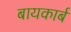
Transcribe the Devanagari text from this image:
बायकार्ब